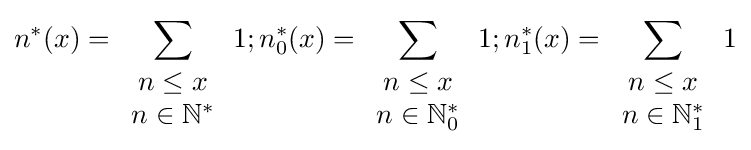
n^{*}(x)=\displaystyle \sum _{\begin{array}{c}n\leq x\\n\in \mathbb {N} ^{*}\end{array}}1;n_{0}^{*}(x)=\displaystyle \sum _{\begin{array}{c}n\leq x\\n\in \mathbb {N} _{0}^{*}\end{array}}1;n_{1}^{*}(x)=\displaystyle \sum _{\begin{array}{c}n\leq x\\n\in \mathbb {N} _{1}^{*}\end{array}}1